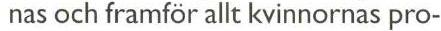
nas och framför allt kvinnornas pro-